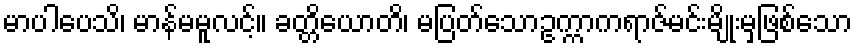
မာပါပေသိ၊ မာန်မမူလင့်။ ခတ္တိယောတိ၊ မပြတ်သောဥက္ကာကရာဇ်မင်းမျိုးမှဖြစ်သော